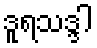
ဒူရသဒ္ဒါ